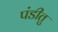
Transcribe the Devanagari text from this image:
पंडीतु